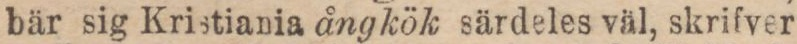
bär sig Kristiania ångkök särdeles väl, skrifver